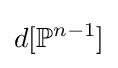
d[\mathbb {P} ^{n-1}]